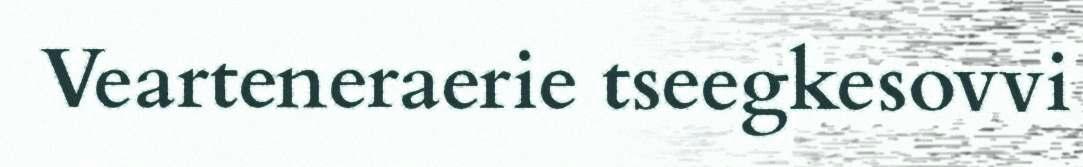
Vearteneraerie tseegkesovvi